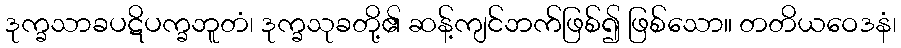
ဒုက္ခသာခပဋိပက္ခဘူတံ၊ ဒုက္ခသုခတို့၏ ဆန့်ကျင်ဘက်ဖြစ်၍ ဖြစ်သော။ တတိယဝေဒနံ၊